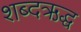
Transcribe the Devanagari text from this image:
शब्दऋद्ध